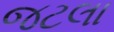
જટલા